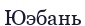
Юэбань